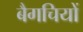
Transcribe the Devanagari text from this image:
बैगचियों